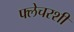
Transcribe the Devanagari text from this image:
फ्लेचरशी